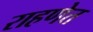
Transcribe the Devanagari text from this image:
राहणेत